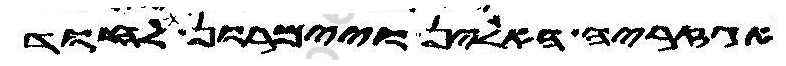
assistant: אגזריה האלין ויימרון לחוד